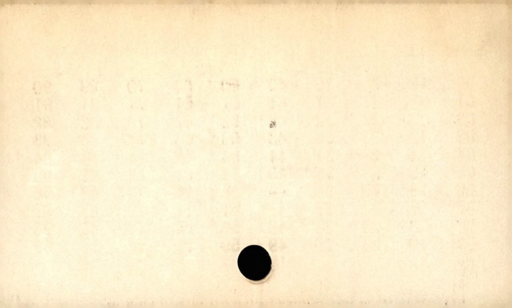
Label: divider